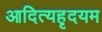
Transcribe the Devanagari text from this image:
आदित्यहृदयम